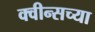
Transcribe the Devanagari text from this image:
क्वीन्सच्या